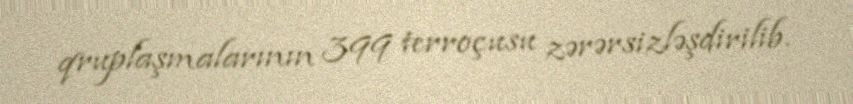
qruplaşmalarının 399 terroçusu zərərsizləşdirilib.